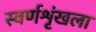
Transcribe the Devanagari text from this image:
स्वर्णशृंखला